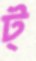
ট্